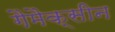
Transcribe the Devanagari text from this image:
गैमैक्सीन